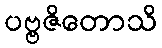
ပဗ္ဗဇိတောသိ